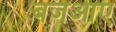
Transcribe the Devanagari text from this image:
बजआए